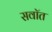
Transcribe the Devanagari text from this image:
सवॉत